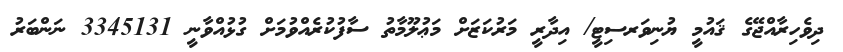
ދިވެހިރާއްޖޭގެ ޤައުމީ ޔުނިވަރސިޓީ/ އިދާރީ މަރުކަޒަށް މަޢުލޫމާތު ސާފުކުރެއްވުމަށް ގުޅުއްވާނީ 3345131 ނަންބަރު